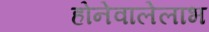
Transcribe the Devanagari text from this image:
होनेवालेलाभ